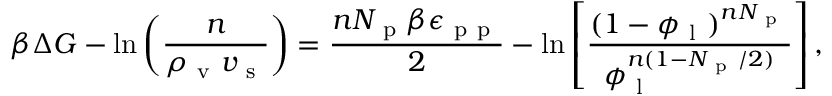
\beta \Delta G - \ln \left( \frac { n } { \rho _ { \mathrm { ~ v ~ } } v _ { \mathrm { ~ s ~ } } } \right) = \frac { n N _ { \mathrm { ~ p ~ } } \beta \epsilon _ { \mathrm { ~ p ~ p ~ } } } { 2 } - \ln \left[ \frac { ( 1 - \phi _ { \mathrm { ~ l ~ } } ) ^ { n N _ { \mathrm { ~ p ~ } } } } { \phi _ { \mathrm { ~ l ~ } } ^ { n ( 1 - N _ { \mathrm { ~ p ~ } } / 2 ) } } \right] ,